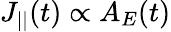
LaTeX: J_{||}(t)\propto A_{E}(t)